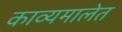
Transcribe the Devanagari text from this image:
काव्यमालेत